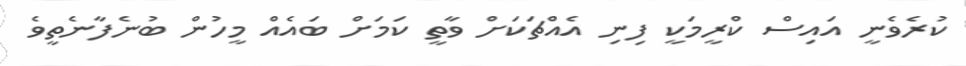
ކުރެވެނީ އައިސް ކްރީމަކީ ފިނި އެއްޗަކަށް ވާތީ ކަމަށް ބައެއް މީހުން ބުނެފާނެތީވެ